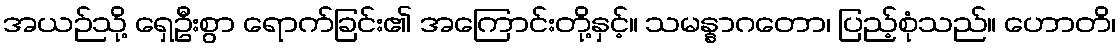
အယဉ်သို့ ရှေဦးစွာ ရောက်ခြင်း၏ အကြောင်းတို့နှင့်။ သမန္နာဂတော၊ ပြည့်စုံသည်။ ဟောတိ၊